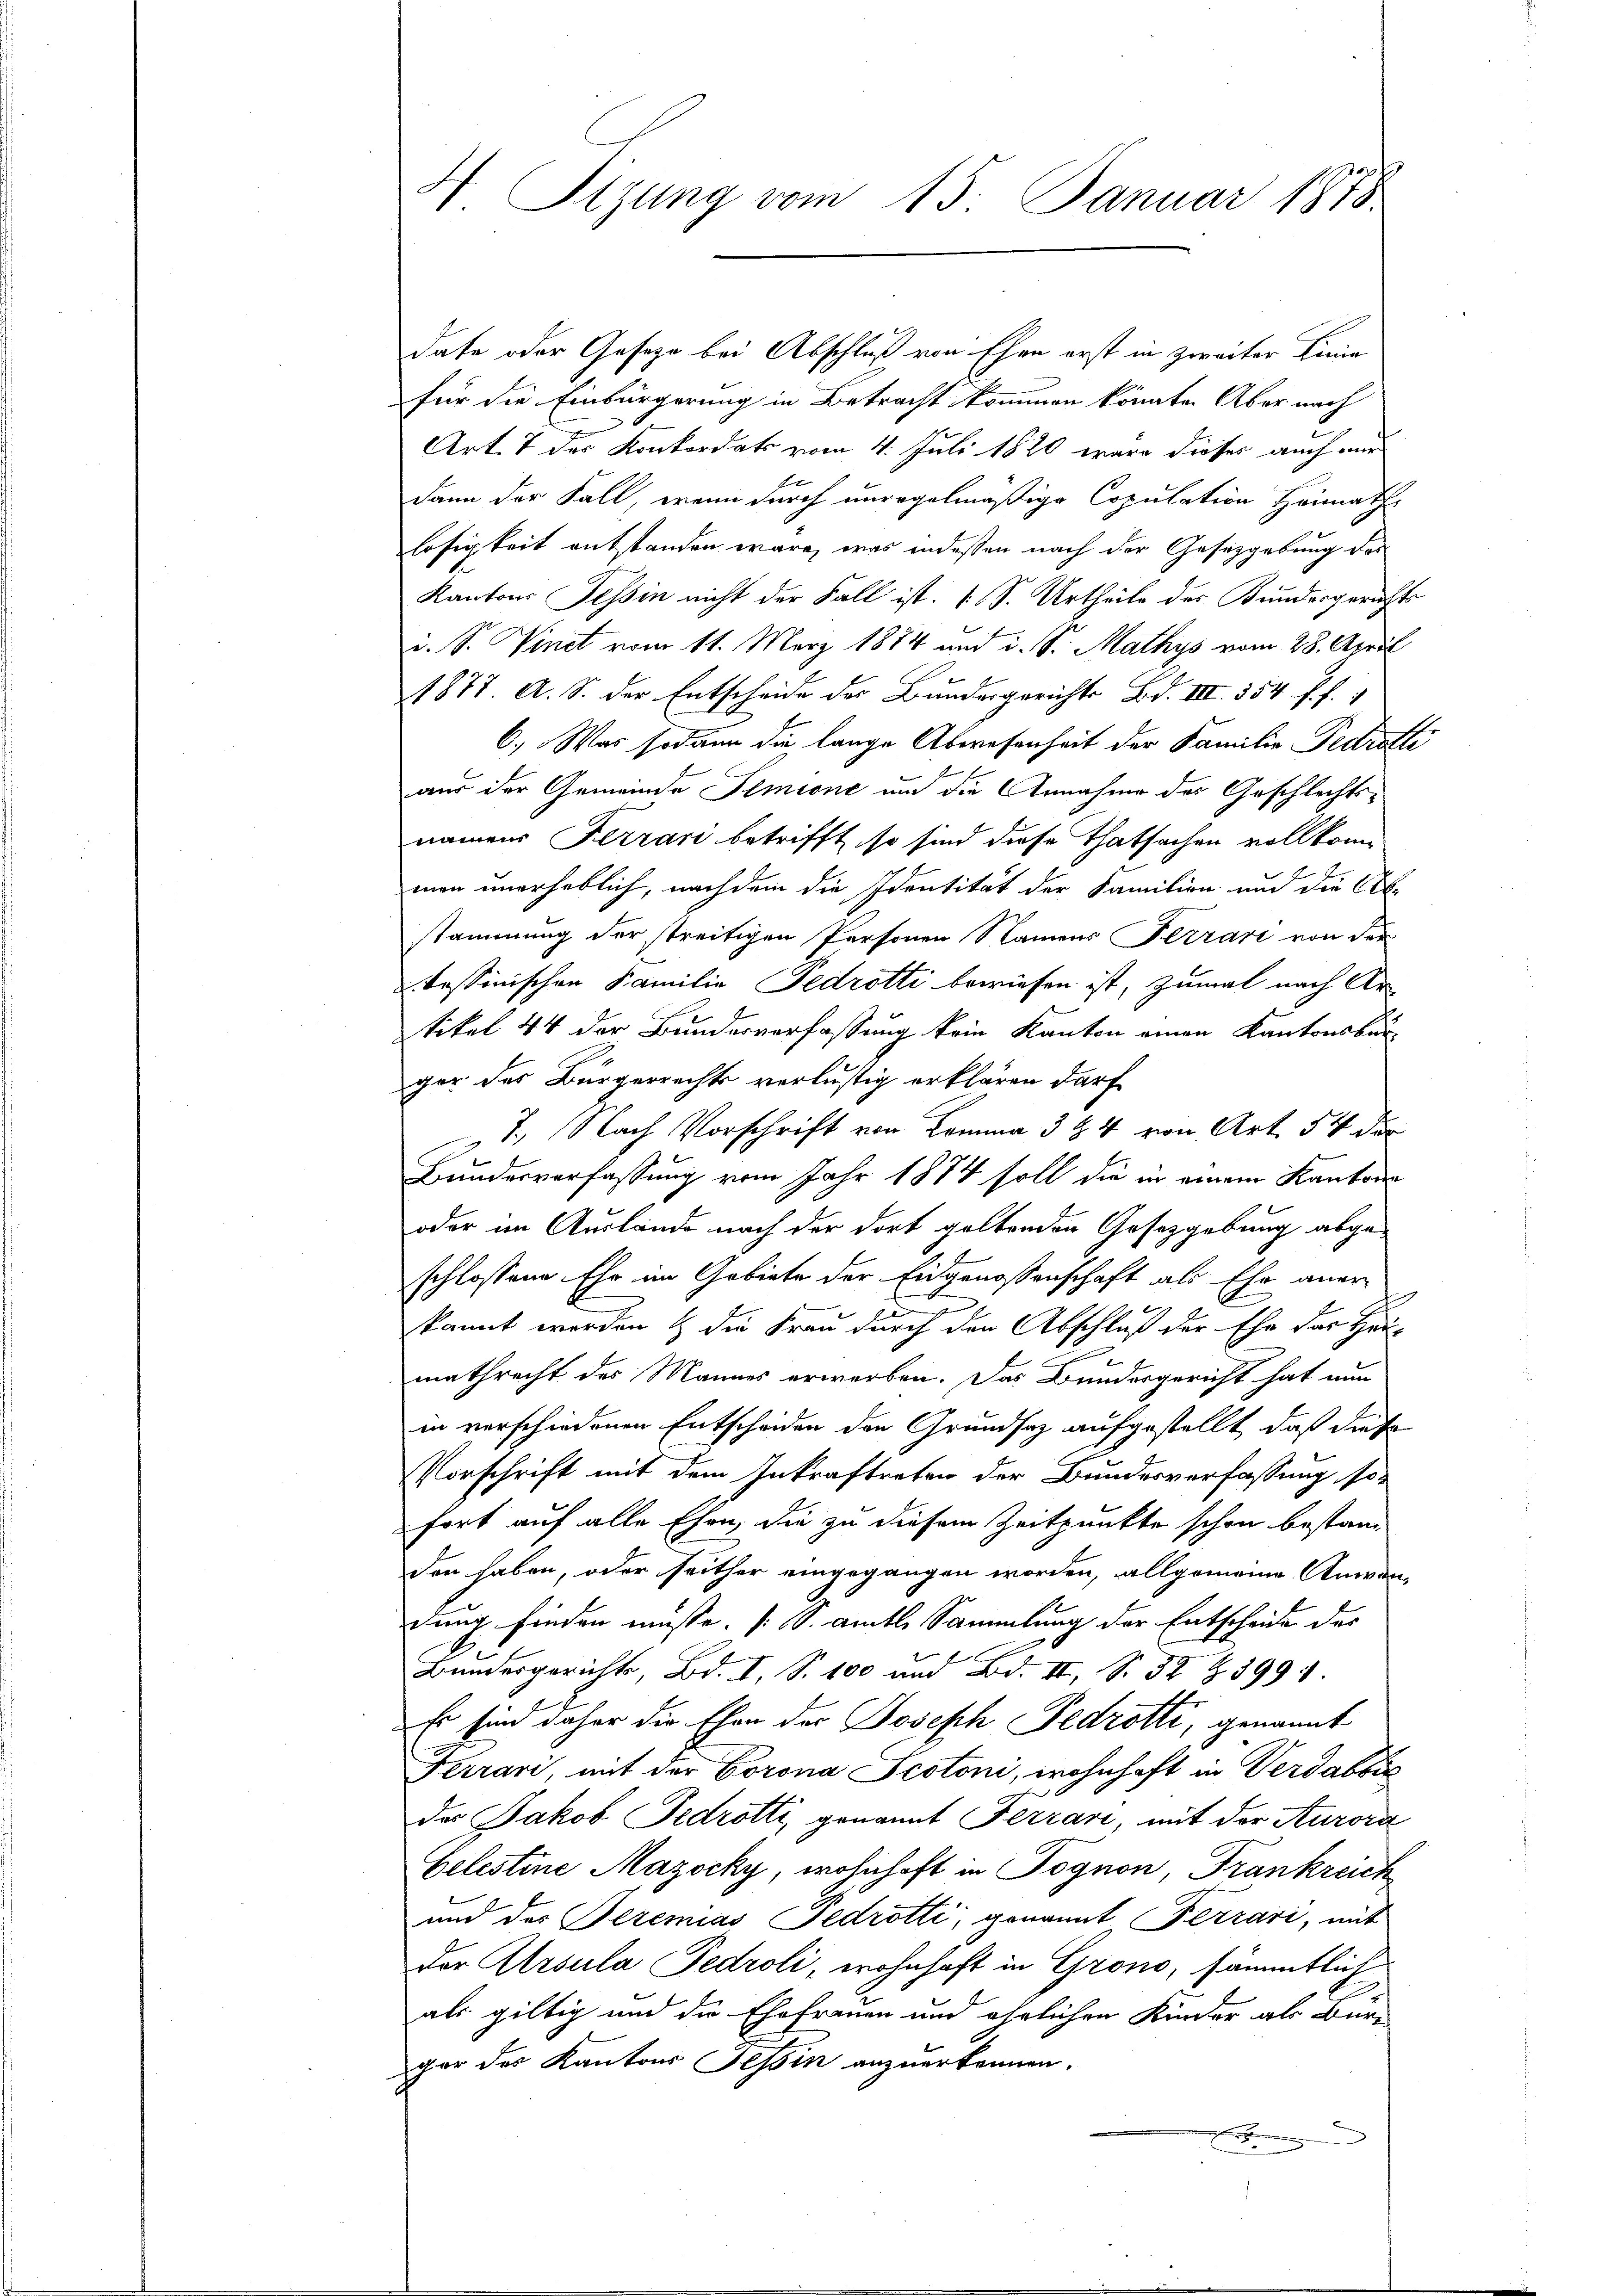
4 Sizung vom 15. Januar 1878

date oder Gesetze bei Abschluß von Ehen erst in zweiter Linie
für die Einbürgerung in Betracht kommen könnte. Aber nach
d
Art. 7 des Konkordats vom 4. Juli 1820 wäre dieses auch mir
dann der Fall, wenn durch unregelmäßige Copulation Heimaths
losigkeit entstanden wäre, was indessen nach der Gesetzgebung des
Kantons Tessin nicht der Fall ist. (S. Urtheile des Bundesgerichts
i. S. Vinct vom 11. März 1884 und i. Sr. Mathys vom 28. April
1877. A. S. der Entscheide des Bundergerichte Bd. III 554 f. f
6.) Was sodann die lange Abwesenheit der Familie Fedrotte
aus der Gemeinde Semione und die Annahme des Geschlechtsnamens Ferrari betrifft, so sind diese Thatsachen vollkomman unerheblich, nachdem die Identität der Familien und die Ab-
stammung der streitigen Personen Namens Terrari von der
Tessinischen Familie Fedrotti bewiesen ist, zumal nach Ar
tikel 44 der Bundesverfassung kein Kanton einen Kantonsbur
ger des Bürgerrechts verlustig erklären darf
7., Nach Vorschrift von Komma 3 & 4 von Art. 54 der
Bundesverfassung vom Jahr 1874 soll die in einem Kantons
oder im Auslände nach der dort geltenden Gesetzgebung abge
schlossene Ehr im Gebiete der Eidgenossenschaft als Ehe anerkannt werden & die Frau durch den Abschluß der Ehe das Hau-
mathrecht des Mannes erwerben. Das Bundesgericht hat nun
in verschiedenen Entscheiden den Grundsaz aufgestellt, daß diese
Vorschrift mit dem Inkraftreten der Bundesverfassung sofort auf alle Ehen, die zu diesem Zeitpunkte schon bestanden haben, oder seither eingegangen worden, allgemeine Anwen-
dung finden müsse. (S. amtl. Sammlung der Entscheide der
Bundesgerichts, Bd. I, S. 100 und Bd. II, S. 32 Z. 399.
Es sind daher die Ehen der Joseph Fedrotti, genannt
Ferrari, mit der Corona Scotoni, wohnhaft in Verdabzus
des Jakob Fedrotti, genannt Terrari, mit der Kurora
belestine Mazocky, wohnhaft in Pognon, Frankreich
und das Bezemias Pedrotti, genannt Ferrari, mit
Der Arsula Fedroli, wohnhaft in Grono, sämmtlich
als giltig und die Ehefrauen und ehrlichen Kinder als Bür-
gar des Kantons Tessin anzuerkennen.